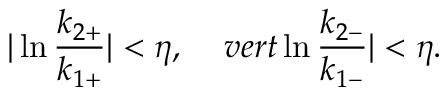
\vert \ln { \frac { k _ { 2 + } } { k _ { 1 + } } } \vert < \eta , \ \ \ \, v e r t \ln { \frac { k _ { 2 - } } { k _ { 1 - } } } \vert < \eta .